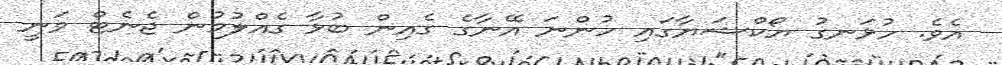
އެވެ. ހުޅަނގު ޔޯކްޝަޔާގައި ހުންނަ އޭނާގެ ގެއިން ބުޅާ ގެއްލުމުން ޖެނެޓް ވަނީ